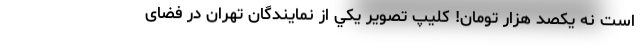
است نه یکصد هزار تومان! کلیپ تصویر يكي از نمایندگان تهران در فضای